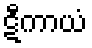
ဋီကာယံ